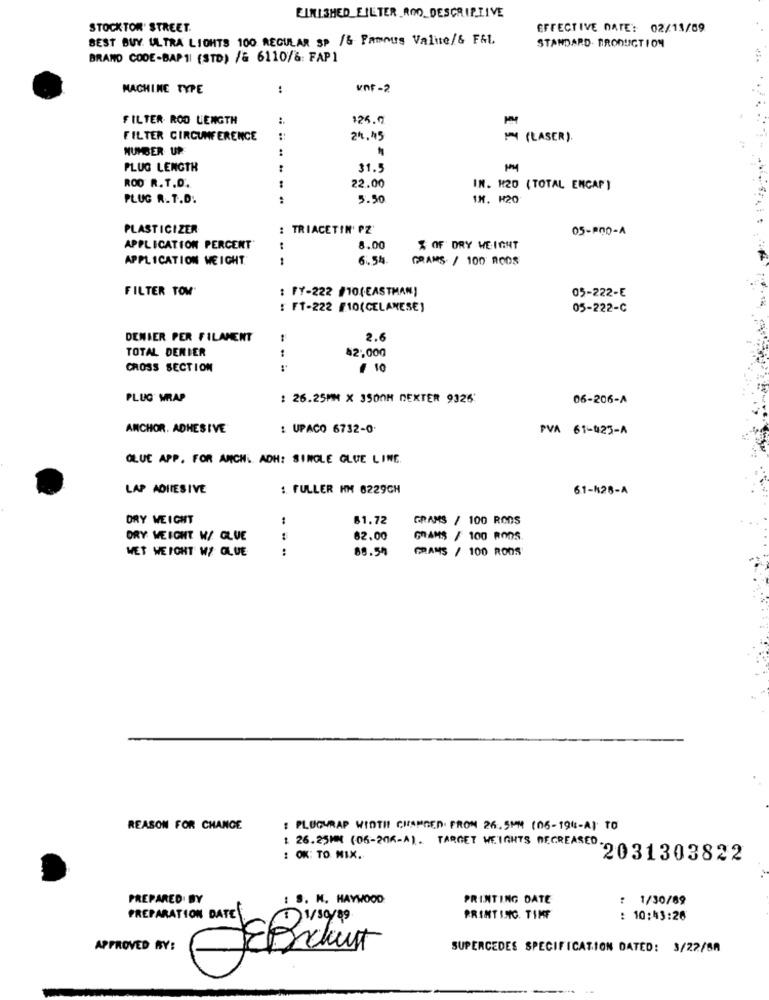
FINISHED_FILTER_ROD_DESCRIPTIVE
STOCKTON' STREET.
EFFECTIVE DATE: 02/13/09
BEST BUY ULTRA LIGHTS 100 REGULAR SP /& Famous Valite/& F&t.
STANDARD. PRODUCTION
BRAND CODE-BAP11 (STD) /& 6110/& FAP1
MACHINE TYPE
:
vnf -2
FILTER ROD LENGTH
:
125.7
FILTER CIRCUMFERENCE
24.45
- (LASER).
NUMBER UP
PLUG LENGTH
31.5
ROD R. T.D.
22.00
IN. H20 (TOTAL ENCAP)
PLUG R. T.D.
5.50
IN. H20
PLASTICIZER
: TRIACETIN' PZ'
05-800-A
APPLICATION PERCENT
8.00
% OF DRY WEIGHT
APPLICATION WEIGHT.
6.54
GRAMS / 100 RODS
FILTER TOW'
: FY-222 /10(EASTMAN]
05-222-E
: FT-222 #10(CELANESE)
05-222-C
DENIER PER FILAMENT
2.6
TOTAL DERIER
$2,000
CROSS SECTION
4 10
PLUG WRAP
: 26.25MM X 3500M DEXTER 9326'
06-206-A
ANCHOR. ADHESIVE
: UPACO 6732-0.
PVA 61-423-A
OLUE APP. FOR ANCH. ADH: SINGLE GLUE LINE
LAP ADIIESIVE
: FULLER KM 6229CH
61-M28-A
DRY WEICHT
1
61.72
GRAMS / 100 RODS
ORY WEIGHT W/ GLUE
62,00
GRAMS / 100 RODS.
WET WEIGHT W/ GLUE
:
88.54
GRAMS / 100 ROOS
REASON FOR CHANGE
: PLUGURAP WIDTH CHANGED FROM 26.5MM (06-194-A) TO
1 26.25MM (06-208-A). TARGET WEIGHTS DECREASED.
: OK: TO MIX.
2031303822
PREPARED BY
: S. M. HAYWOOD
PRINTING DATE
: 1/30/89
PREPARATION DATE
11/10/9
PRINTING. TIMF
: 10:43:26
APPROVED BY:
SUPERCEDES SPECIFICATION DATED: 3/27/88